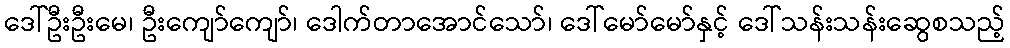
ဒေါ်ဦးဦးမေ၊ ဦးကျော်ကျော်၊ ဒေါက်တာအောင်သော်၊ ဒေါ်မော်မော်နှင့် ဒေါ်သန်းသန်းဆွေစသည့်